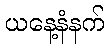
ယနေ့နံနက်